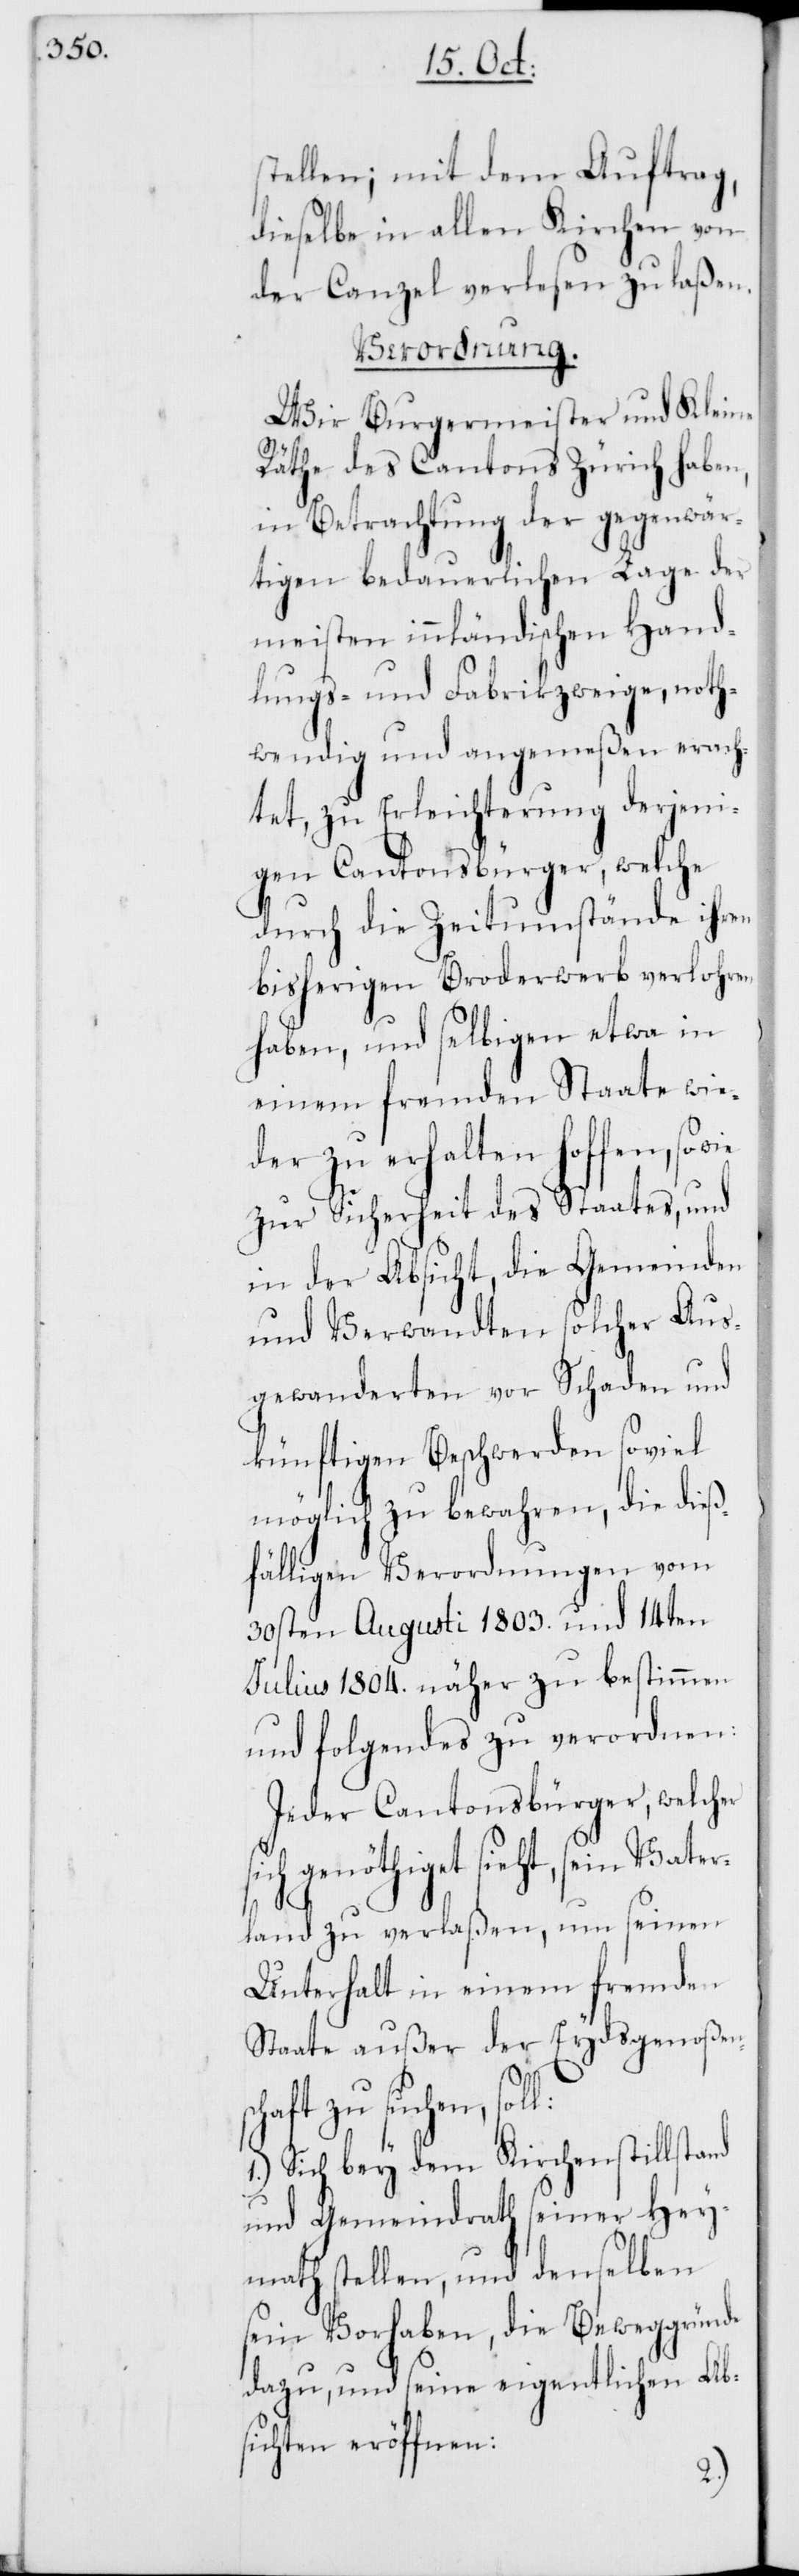
stellen; mit dem Auftrag,
dieselbe in allen Kirchen von
der Canzel verlesen zu laßen.
Verordnung.
Wir Burgermeister und Kleine
l:
Räthe des Cantons Zürich haben,
in Betrachtung der gegenwär¬
tigen bedauerlichen Lage der
meisten innländischen Hand¬
lungs- und Fabrikzweyge, noth¬
wendig und angemeßen erach¬
tet, zu Erleichterung derjeni¬
gen Cantonsbürger, welche
durch die Zeitumstände ihren
bisherigen Broderwerb verlohren
haben, und selbigen etwa in
einem fremden Staate wie¬
der zu erhalten hoffen, so wie
zur Sicherheit des Staates, und
in der Absicht, die Gemeinden
und Verwandten solcher Aus¬
gewanderten vor Schaden und
künftigen Beschwerden soviel
möglich zu bewahren, die dieß¬
fälligen Verordnungen vom
30sten Augusti 1803. und 14ten
Julius 1804. näher zu bestimmen
und folgendes zu verordnen:
Jeder Cantonsbürger, welcher
sich genöthiget sieht, sein Vater¬
land zu verlaßen, um seinen
Unterhalt in einem fremden
Staate außer der Eydsgenoßen¬
haft zu suchen, sol¬
1.) Sich bey dem Kirchenstillstand
und Gemeindrath seiner Hey¬
math stellen, und denselben
sein Vorhaben, die Beweggründe
dazu, und seine eigentlichen Ab¬
sichten eröffnen:
sc¬